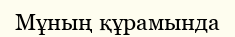
Мұның құрамында